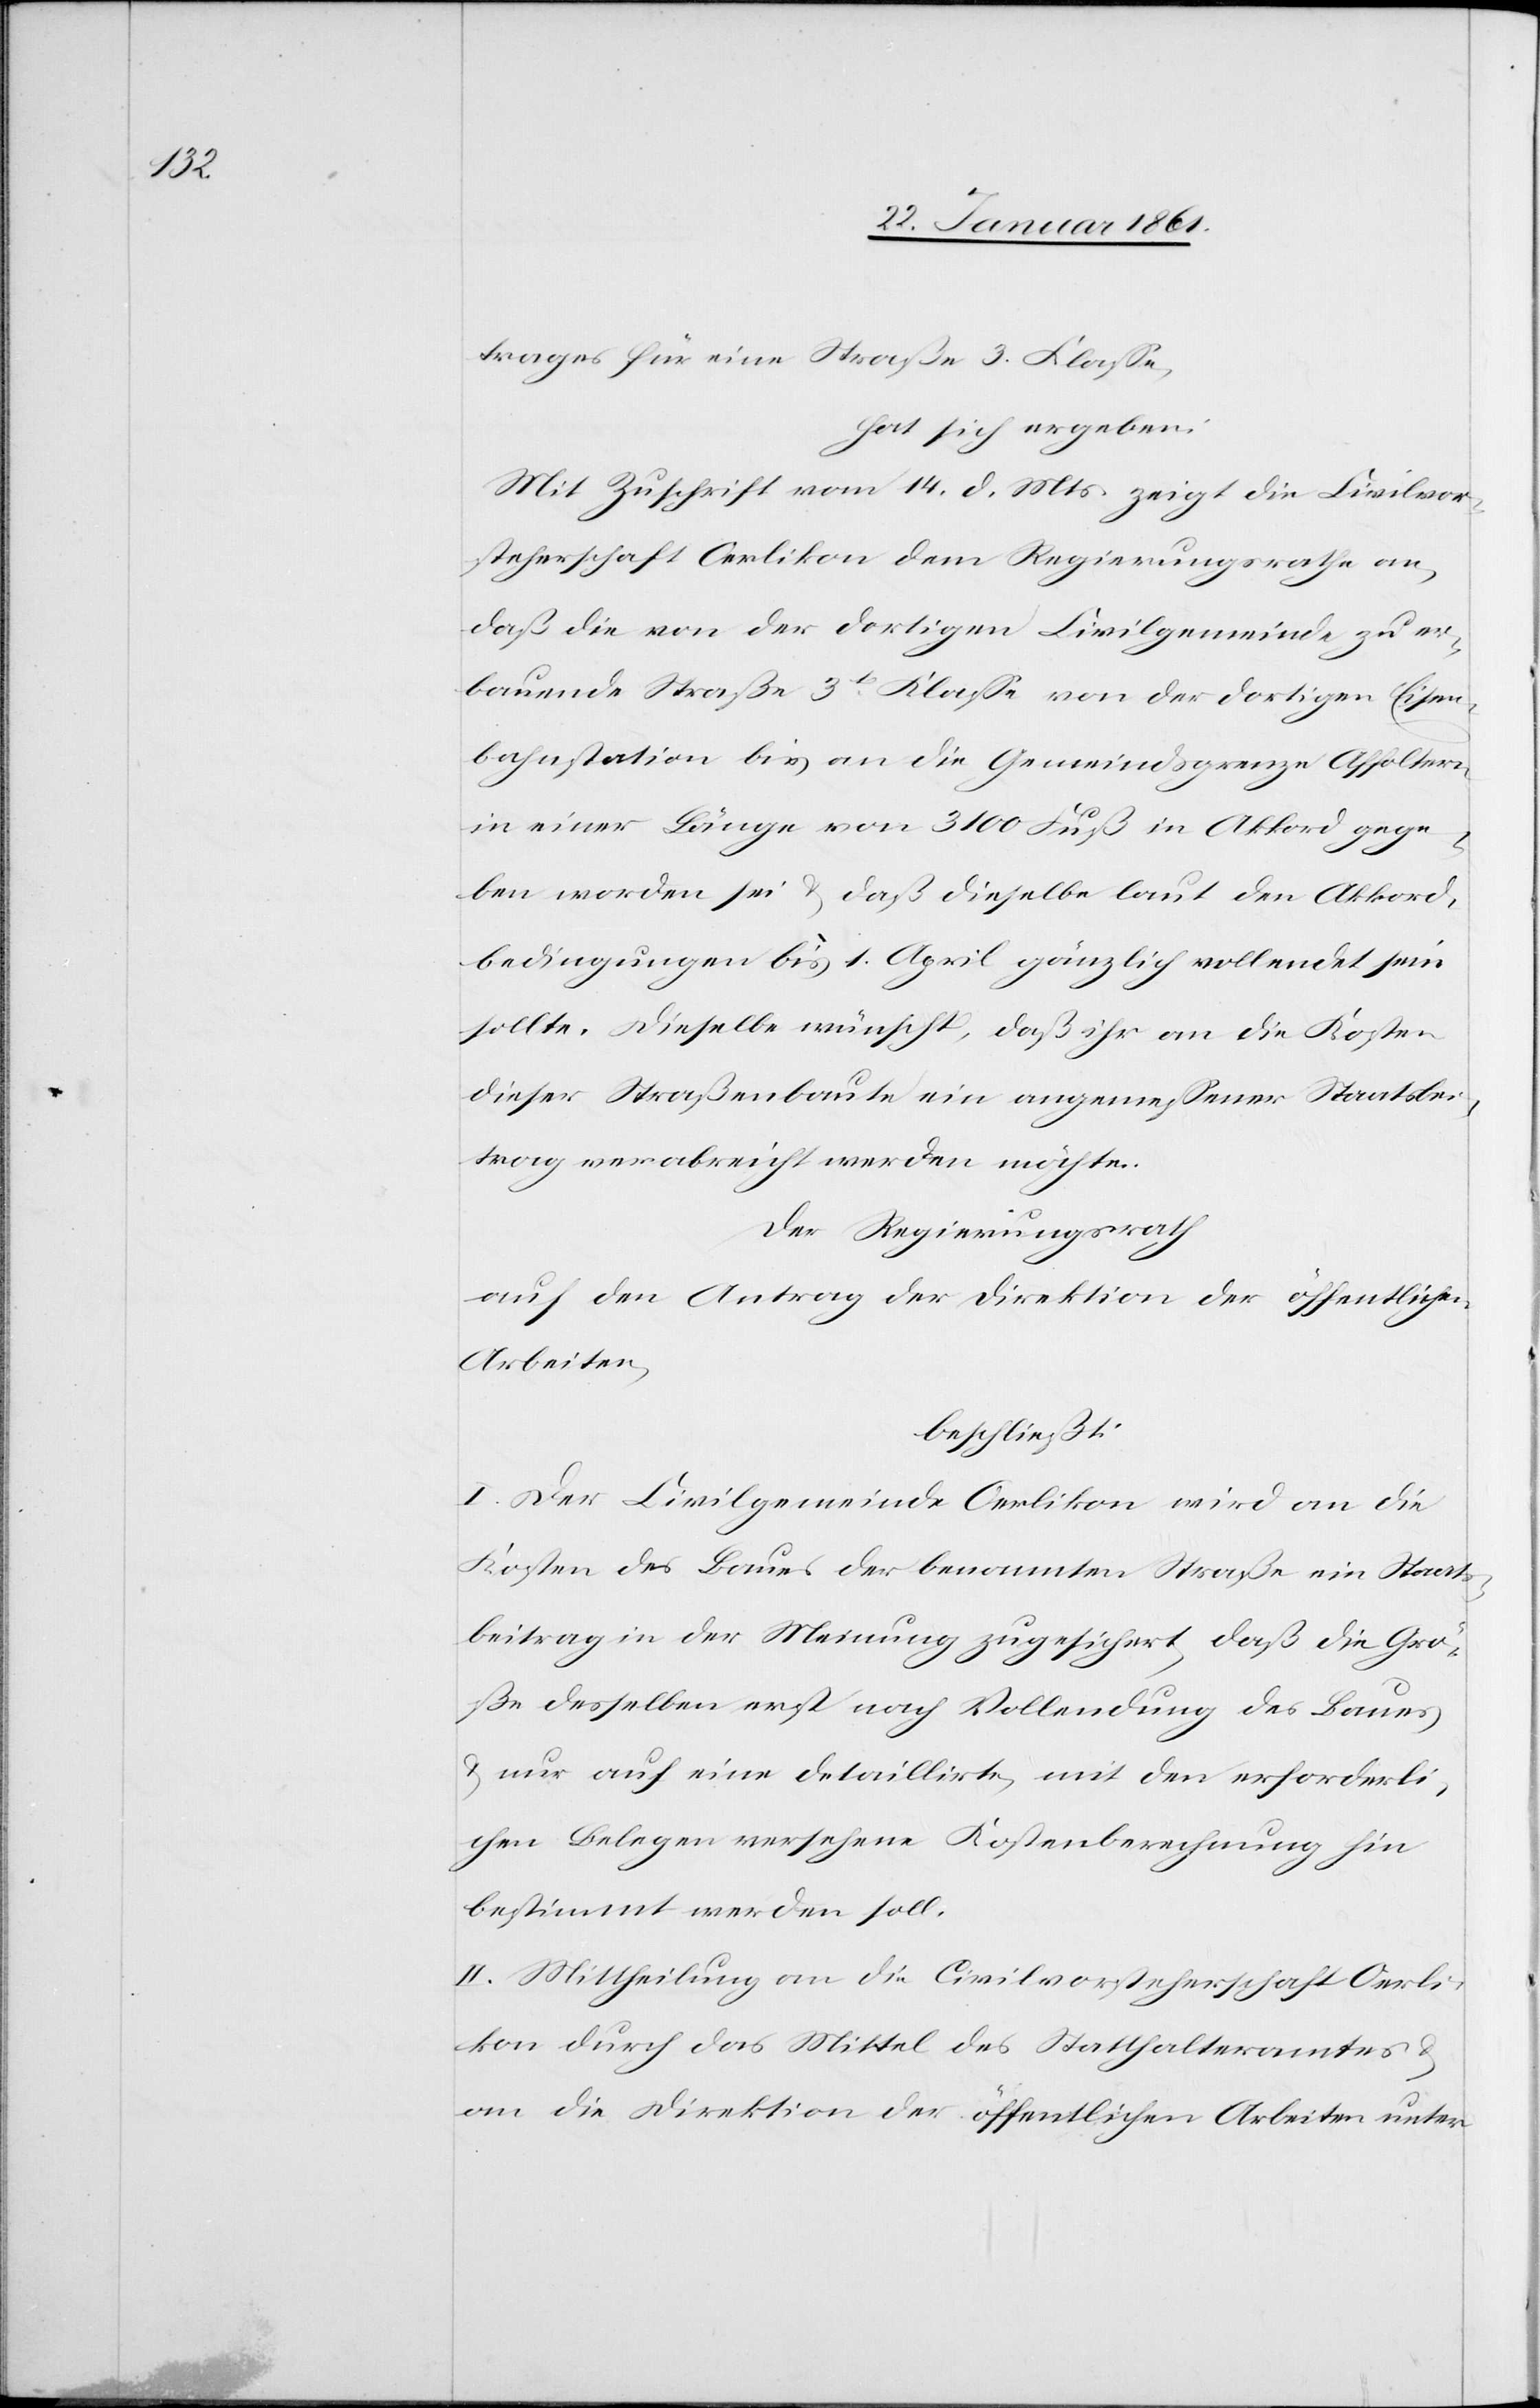
trages für eine Straße 3. Klasse,
hat sich ergeben:
Mit Zuschrift vom 14. d. Mts. zeigt die Civilvor¬
steherschaft Oerlikon dem Regierungsrathe an,
daß die von der dortigen Civilgemeinde zu er¬
bauende Straße 3t Klasse von der dortigen Eisen¬
bahnstation bis an die Gemeindsgrenze Affoltern
in einer Länge von 3100 Fuß in Akkord gege¬
ben worden sei u. daß dieselbe laut den Akkord¬
bedingungen bis 1. April gänzlich vollendet sein
sollte. Dieselbe wünscht, daß ihr an die Kosten
dieser Straßenbaute ein angemessener Staatsbei¬
trag verabreicht werden möchte.
Der Regierungsrath
auf den Antrag der Direktion der öffentlichen
Arbeiten,
beschließt:
I. Der Civilgemeinde Oerlikon wird an die
Kosten des Baues der benannten Straße ein Staats¬
beitrag in der Meinung zugesichert, daß die Grö¬
ße desselben erst nach Vollendung des Baues
u. nur auf eine detaillirte mit den erforderli¬
chen Belegen versehene Kostenberechnung hin
bestimmt werden soll.
II. Mittheilung an die Civilvorsteherschaft Oerli¬
kon durch das Mittel des Statthalteramtes u.
an die Direktion der öffentlichen Arbeiten unter